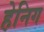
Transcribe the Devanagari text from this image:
हेनिग